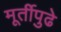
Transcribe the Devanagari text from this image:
मूर्तीपुढे